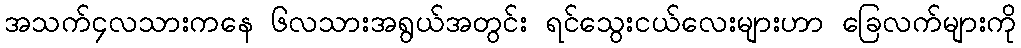
အသက်၄လသားကနေ ၆လသားအရွယ်အတွင်း ရင်သွေးငယ်လေးများဟာ ခြေလက်များကို